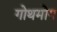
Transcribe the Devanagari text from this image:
गोथमोग